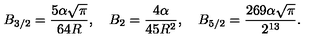
B _ { 3 / 2 } = \frac { 5 \alpha \sqrt \pi } { 6 4 R } , \quad B _ { 2 } = \frac { 4 \alpha } { 4 5 R ^ { 2 } } , \quad B _ { 5 / 2 } = \frac { 2 6 9 \alpha \sqrt \pi } { 2 ^ { 1 3 } } { . }